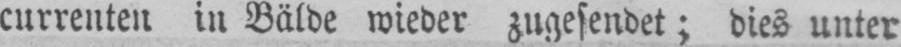
currenten in Bälde wieder zugesendet; dies unter